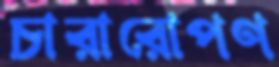
চারারোপণ